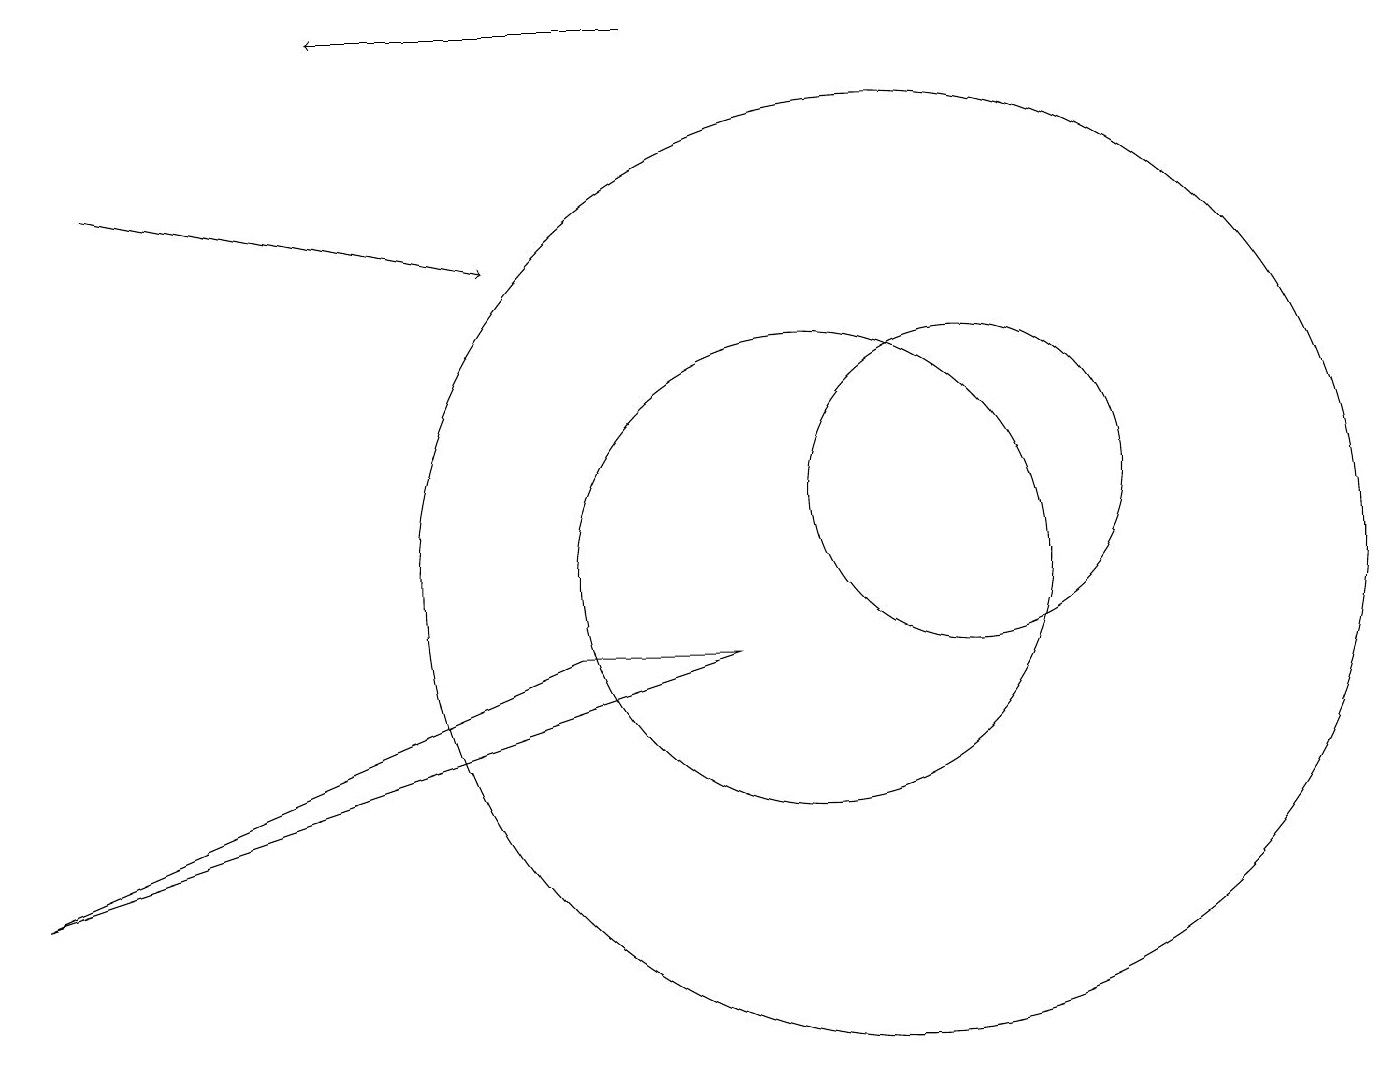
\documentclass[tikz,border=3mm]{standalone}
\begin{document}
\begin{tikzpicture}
\draw[->] (1,15) -- (6,14);
\draw (0,6) -- (9,9) -- (7,9) -- cycle;
\draw (12,11) circle (2);
\draw[->] (8,17) -- (4,17);
\draw (10,10) circle (3);
\draw (11,10) circle (6);
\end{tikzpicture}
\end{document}